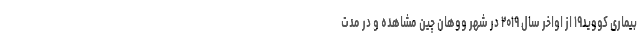
بیماری کووید۱۹ از اواخر سال ۲۰۱۹ در شهر ووهان چین مشاهده و در مدت